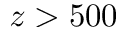
z > 5 0 0